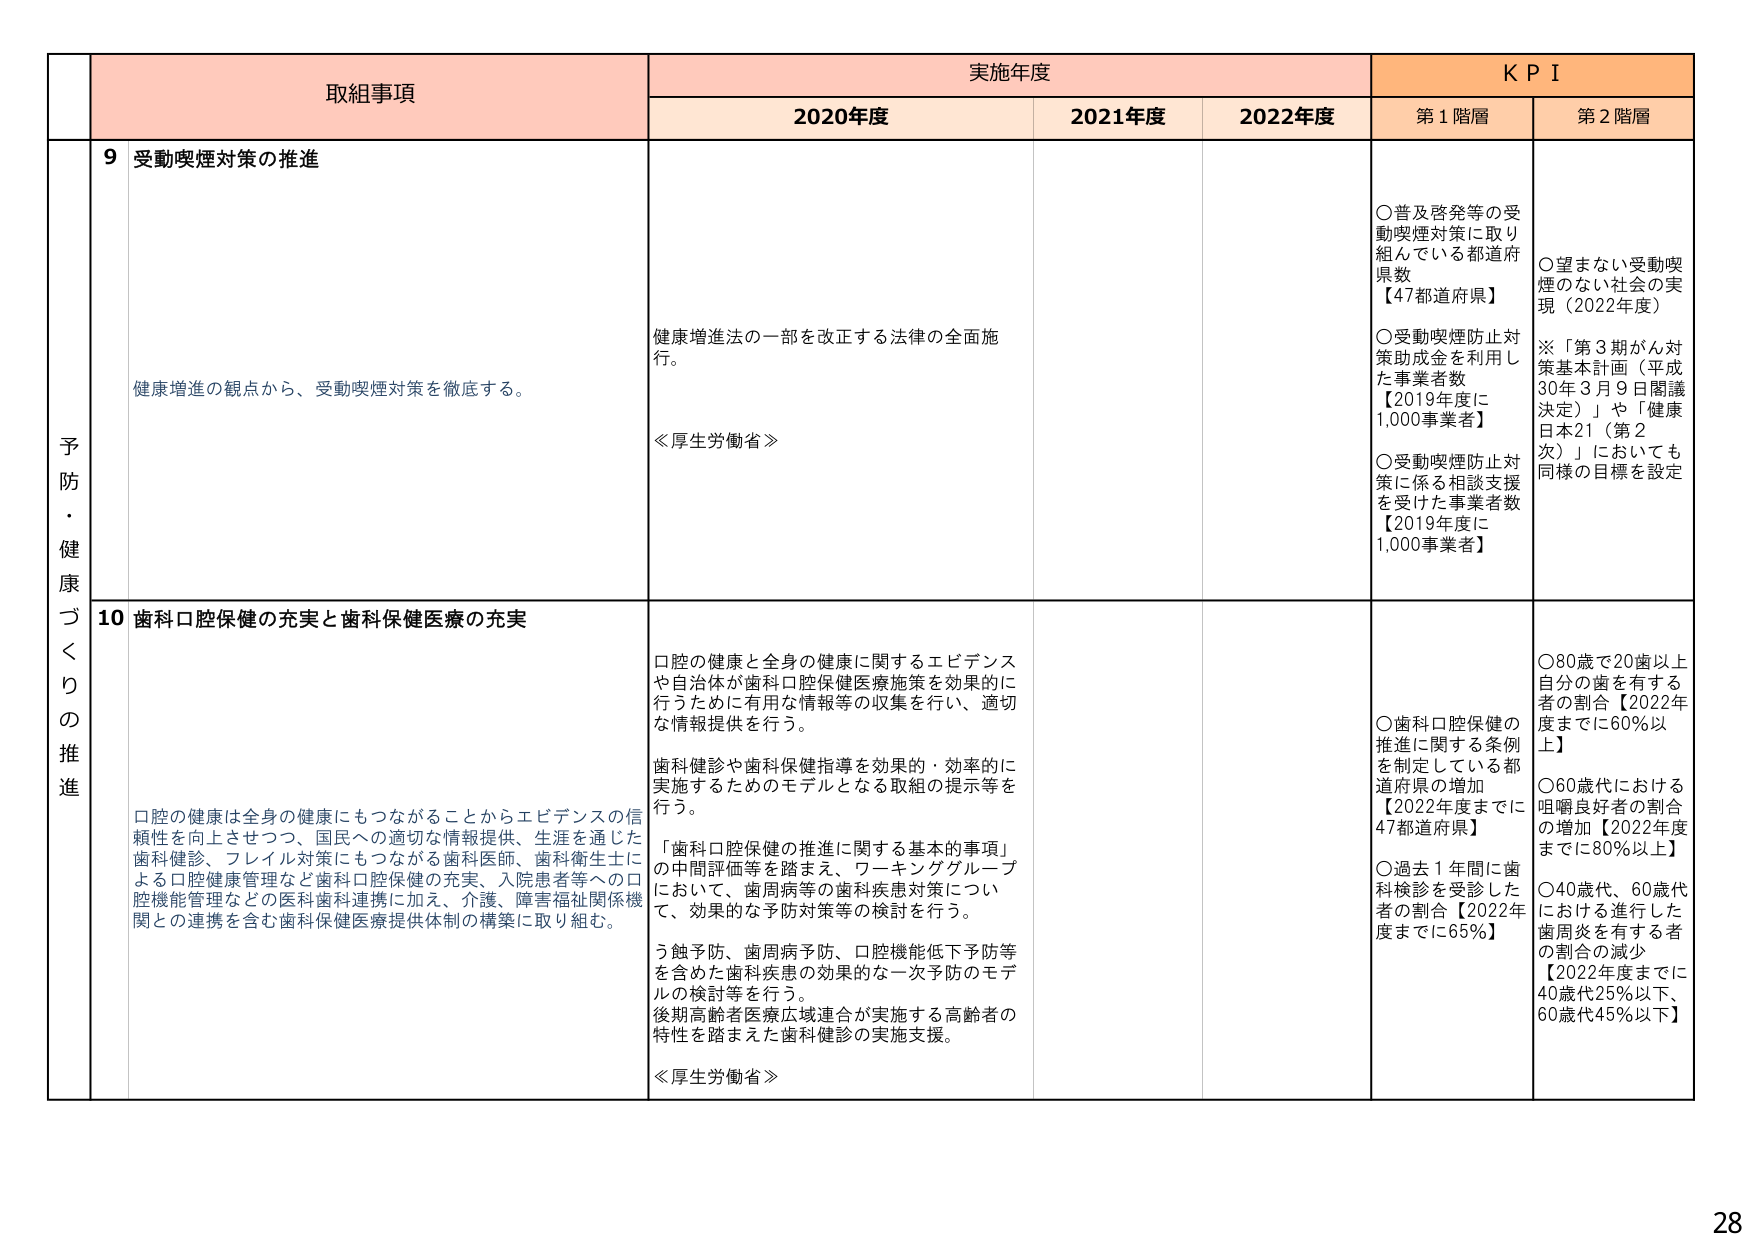
予防・健康づくりの推進

取組事項

実施年度

KPI

2020年度

2021年度

2022年度

第1階層

第2階層

9 受動喫煙対策の推進

健康増進の観点から、受動喫煙対策を徹底する。

健康増進法の一部を改正する法律の全面施行。

≪厚生労働省≫

○普及啓発等の受動喫煙対策に取り組んでいる都道府県数【47都道府県】

○受動喫煙防止対策助成金を利用した事業者数【2019年度に1,000事業者】

○受動喫煙防止対策に係る相談支援を受けた事業者数【2019年度に1,000事業者】

○望まない受動喫煙のない社会の実現（2022年度）

※「第3期がん対策基本計画（平成30年3月9日閣議決定）」や「健康日本21（第2次）」においても同様の目標を設定

10 歯科口腔保健の充実と歯科保健医療の充実

口腔の健康は全身の健康にもつながることからエビデンスの信頼性を向上させつつ、国民への適切な情報提供、生涯を通じた歯科健診、フレイル対策にもつながる歯科医師、歯科衛生士による口腔健康管理など歯科口腔保健の充実、入院患者等への口腔機能管理などの医科歯科連携に加え、介護、障害福祉関係機関との連携を含む歯科保健医療提供体制の構築に取り組む。

口腔の健康と全身の健康に関するエビデンスや自治体が歯科口腔保健医療施策を効果的に行うために有用な情報等の収集を行い、適切な情報提供を行う。

歯科健診や歯科保健指導を効果的・効率的に実施するためのモデルとなる取組の提示等を行う。

「歯科口腔保健の推進に関する基本的事項」の中間評価等を踏まえ、ワーキンググループにおいて、歯周病等の歯科疾患対策について、効果的な予防対策等の検討を行う。

う蝕予防、歯周病予防、口腔機能低下予防等を含めた歯科疾患の効果的な一次予防のモデルの検討等を行う。

後期高齢者医療広域連合が実施する高齢者の特性を踏まえた歯科健診の実施支援。

≪厚生労働省≫

○歯科口腔保健の推進に関する条例を制定している都道府県の増加【2022年度までに47都道府県】

○過去1年間に歯科検診を受診した者の割合【2022年度までに65％】

○80歳で20歯以上自分の歯を有する者の割合【2022年度までに60％以上】

○60歳代における咀嚼良好者の割合の増加【2022年度までに80％以上】

○40歳代、60歳代における進行した歯周炎を有する者の割合の減少【2022年度までに40歳代25％以下、60歳代45％以下】

28